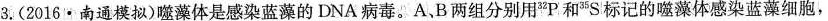
3.(2016·南通模拟)噬藻体是感染蓝藻的DNA病毒。A、B两组分别用*P。和35S'标记的噬藻体感染蓝藻细胞，